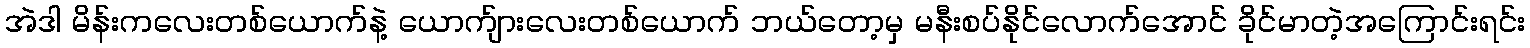
အဲဒါ မိန်းကလေးတစ်ယောက်နဲ့ ယောက်ျားလေးတစ်ယောက် ဘယ်တော့မှ မနီးစပ်နိုင်လောက်အောင် ခိုင်မာတဲ့အကြောင်းရင်း